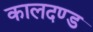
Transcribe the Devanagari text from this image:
कालदण्ड